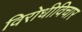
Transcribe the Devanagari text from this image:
विरोधीविचार